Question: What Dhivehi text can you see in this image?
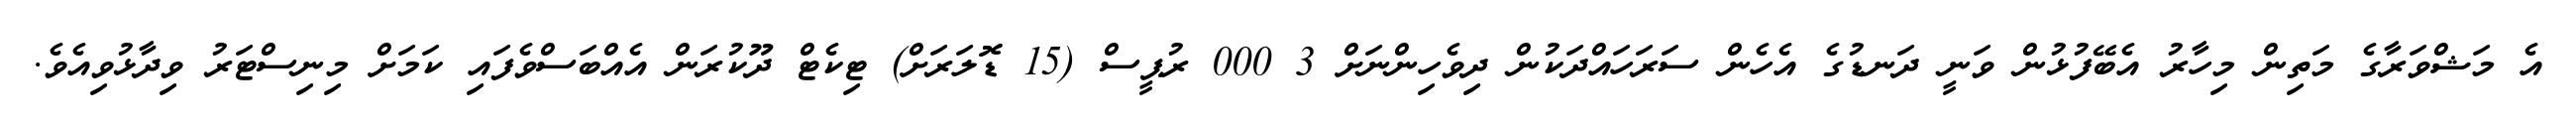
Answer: އެ މަޝްވަރާގެ މަތިން މިހާރު އެބޭފުޅުން ވަނީ ދަނޑުގެ އެހެން ސަރަހައްދަކުން ދިވެހިންނަށް 3 000 ރުޕީސް (15 ޑޮލަރަށް) ޓިކެޓް ދޫކުރަން އެއްބަސްވެފައި ކަމަށް މިނިސްޓަރު ވިދާޅުވިއެވެ.